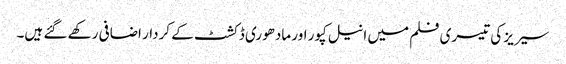
سیریز کی تیسری فلم میں انیل کپور اور مادھوری ڈکشٹ کے کردار اضافی رکھے گئے ہیں۔